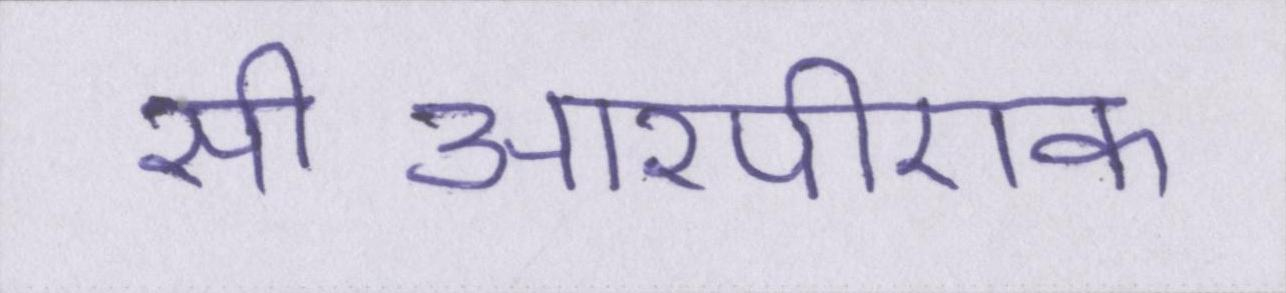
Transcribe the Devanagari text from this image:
सीआरपीएफ